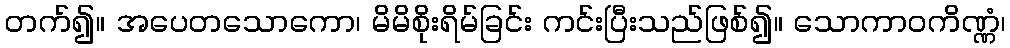
တက်၍။ အပေတသောကော၊ မိမိစိုးရိမ်ခြင်း ကင်းပြီးသည်ဖြစ်၍။ သောကာဝကိဏ္ဏံ၊